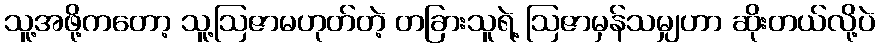
သူ့အဖို့ကတော့ သူ့ဩဇာမဟုတ်တဲ့ တခြားသူရဲ့ ဩဇာမှန်သမျှဟာ ဆိုးတယ်လို့ပဲ